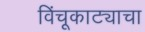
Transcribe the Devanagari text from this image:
विंचूकाट्याचा